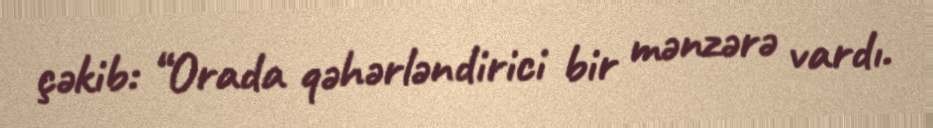
çəkib: “Orada qəhərləndirici bir mənzərə vardı.